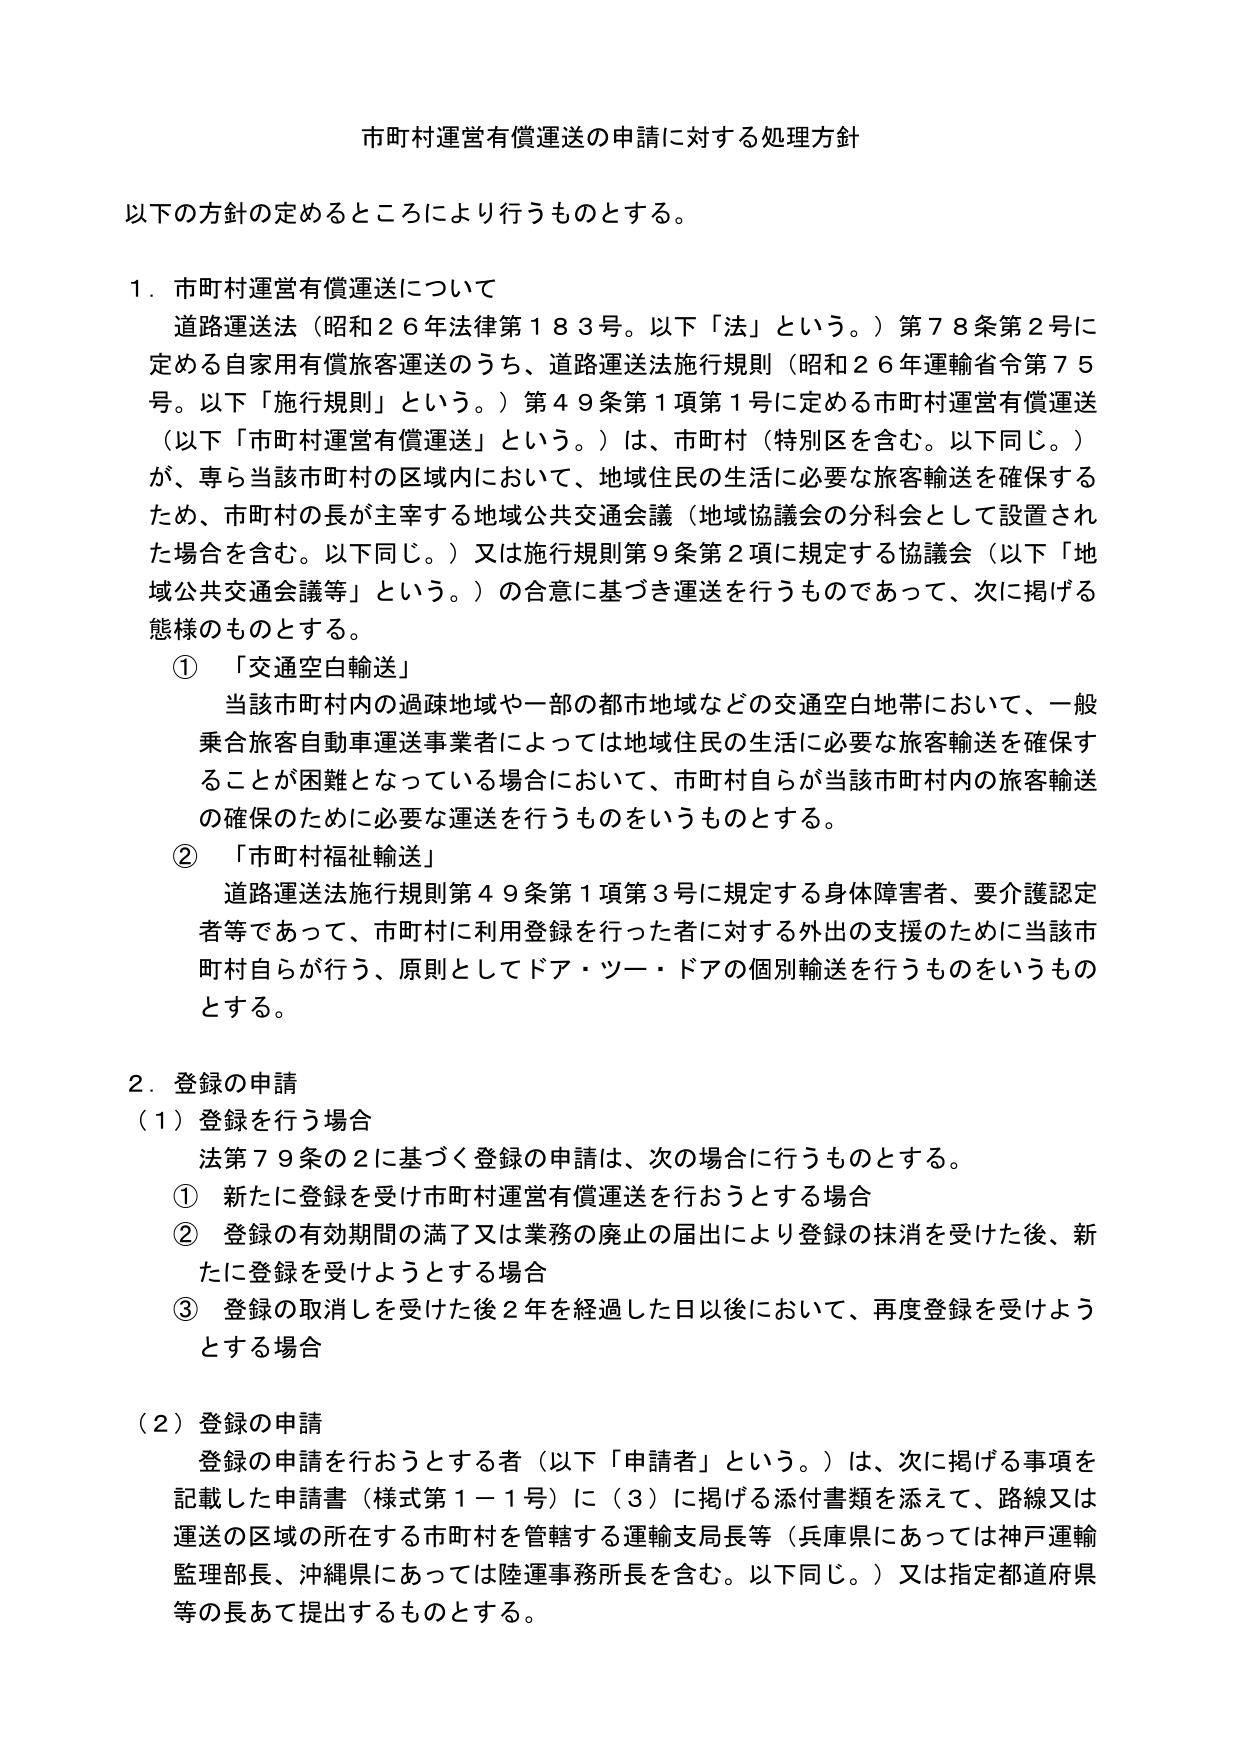
市町村運営有償運送の申請に対する処理方針

以下の方針の定めるところにより行うものとする。

１．市町村運営有償運送について
道路運送法（昭和２６年法律第１８３号。以下「法」という。）第７８条第２号に定める自家用有償旅客運送のうち、道路運送法施行規則（昭和２６年運輸省令第７５号。以下「施行規則」という。）第４９条第１項第１号に定める市町村運営有償運送（以下「市町村運営有償運送」という。）は、市町村（特別区を含む。以下同じ。）が、専ら当該市町村の区域内において、地域住民の生活に必要な旅客輸送を確保するため、市町村の長が主宰する地域公共交通会議（地域協議会の分科会として設置された場合を含む。以下同じ。）又は施行規則第９条第２項に規定する協議会（以下「地域公共交通会議等」という。）の合意に基づき運送を行うものであって、次に掲げる態様のものとする。
① 「交通空白輸送」
当該市町村内の過疎地域や一部の都市地域などの交通空白地帯において、一般乗合旅客自動車運送事業者によっては地域住民の生活に必要な旅客輸送を確保することが困難となっている場合において、市町村自らが当該市町村内の旅客輸送の確保のために必要な運送を行うものをいうものとする。
② 「市町村福祉輸送」
道路運送法施行規則第４９条第１項第３号に規定する身体障害者、要介護認定者等であって、市町村に利用登録を行った者に対する外出の支援のために当該市町村自らが行う、原則としてドア・ツー・ドアの個別輸送を行うものをいうものとする。

２．登録の申請
（１）登録を行う場合
法第７９条の２に基づく登録の申請は、次の場合に行うものとする。
① 新たに登録を受け市町村運営有償運送を行おうとする場合
② 登録の有効期間の満了又は業務の廃止の届出により登録の抹消を受けた後、新たに登録を受けようとする場合
③ 登録の取消しを受けた後２年を経過した日以後において、再度登録を受けようとする場合

（２）登録の申請
登録の申請を行おうとする者（以下「申請者」という。）は、次に掲げる事項を記載した申請書（様式第１－１号）に（３）に掲げる添付書類を添えて、路線又は運送の区域の所在する市町村を管轄する運輸支局長等（兵庫県にあっては神戸運輸監理部長、沖縄県にあっては陸運事務所長を含む。以下同じ。）又は指定都道府県等の長あて提出するものとする。